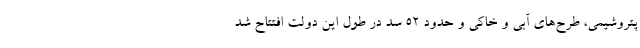
پتروشیمی، طرح‌های آبی و خاکی و حدود ۵۲ سد در طول این دولت افتتاح شد